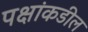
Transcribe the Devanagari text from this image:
पक्षांकडील